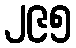
၂၉၅